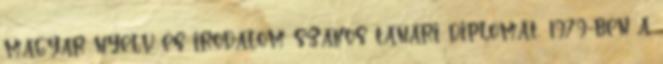
magyar nyelv és irodalom szakos tanári diplomát, 1979-ben a